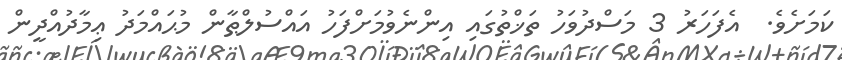
ކަމަށެވެ.  އެފަހަރު 3 މަސްދުވަހު ތަޚްތުގައި އިންނެވުމަށްފަހު އައްސުލްޠާން މުޙައްމަދު ޢިމާދުއްދީން